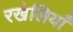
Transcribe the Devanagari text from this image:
रखेलियाँ